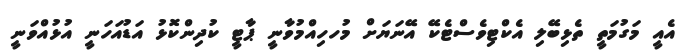
އެއީ މަގުމަތީ ތެޅިބޭލި އެކްޓިވެސްޓެކޭ އޭނަޔަށް މުހހިއްމުވާނީ ޕާޓީ ކުދިންކޮޅު އަޑުއަހަނީ އުޅުއްވަނީ